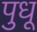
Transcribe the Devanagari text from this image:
पुधू